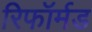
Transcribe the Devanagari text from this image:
रिफॉर्मड